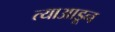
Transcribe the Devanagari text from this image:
त्याआडून